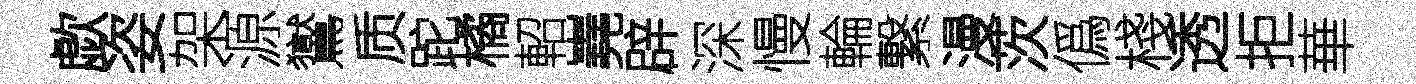
歔姿架源鸑质跎橘軺嶤辟深慢輪繋漫茨僞棧透拒華